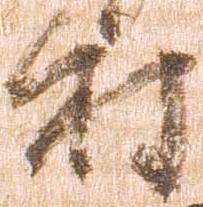
村